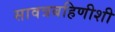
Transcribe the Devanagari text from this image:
सावत्रबहिणीशी